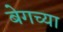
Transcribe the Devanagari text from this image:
बेगच्या